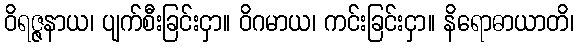
ဝိရဇ္ဇနာယ၊ ပျက်စီးခြင်းငှာ။ ဝိဂမာယ၊ ကင်းခြင်းငှာ။ နိရောဓာယာတိ၊